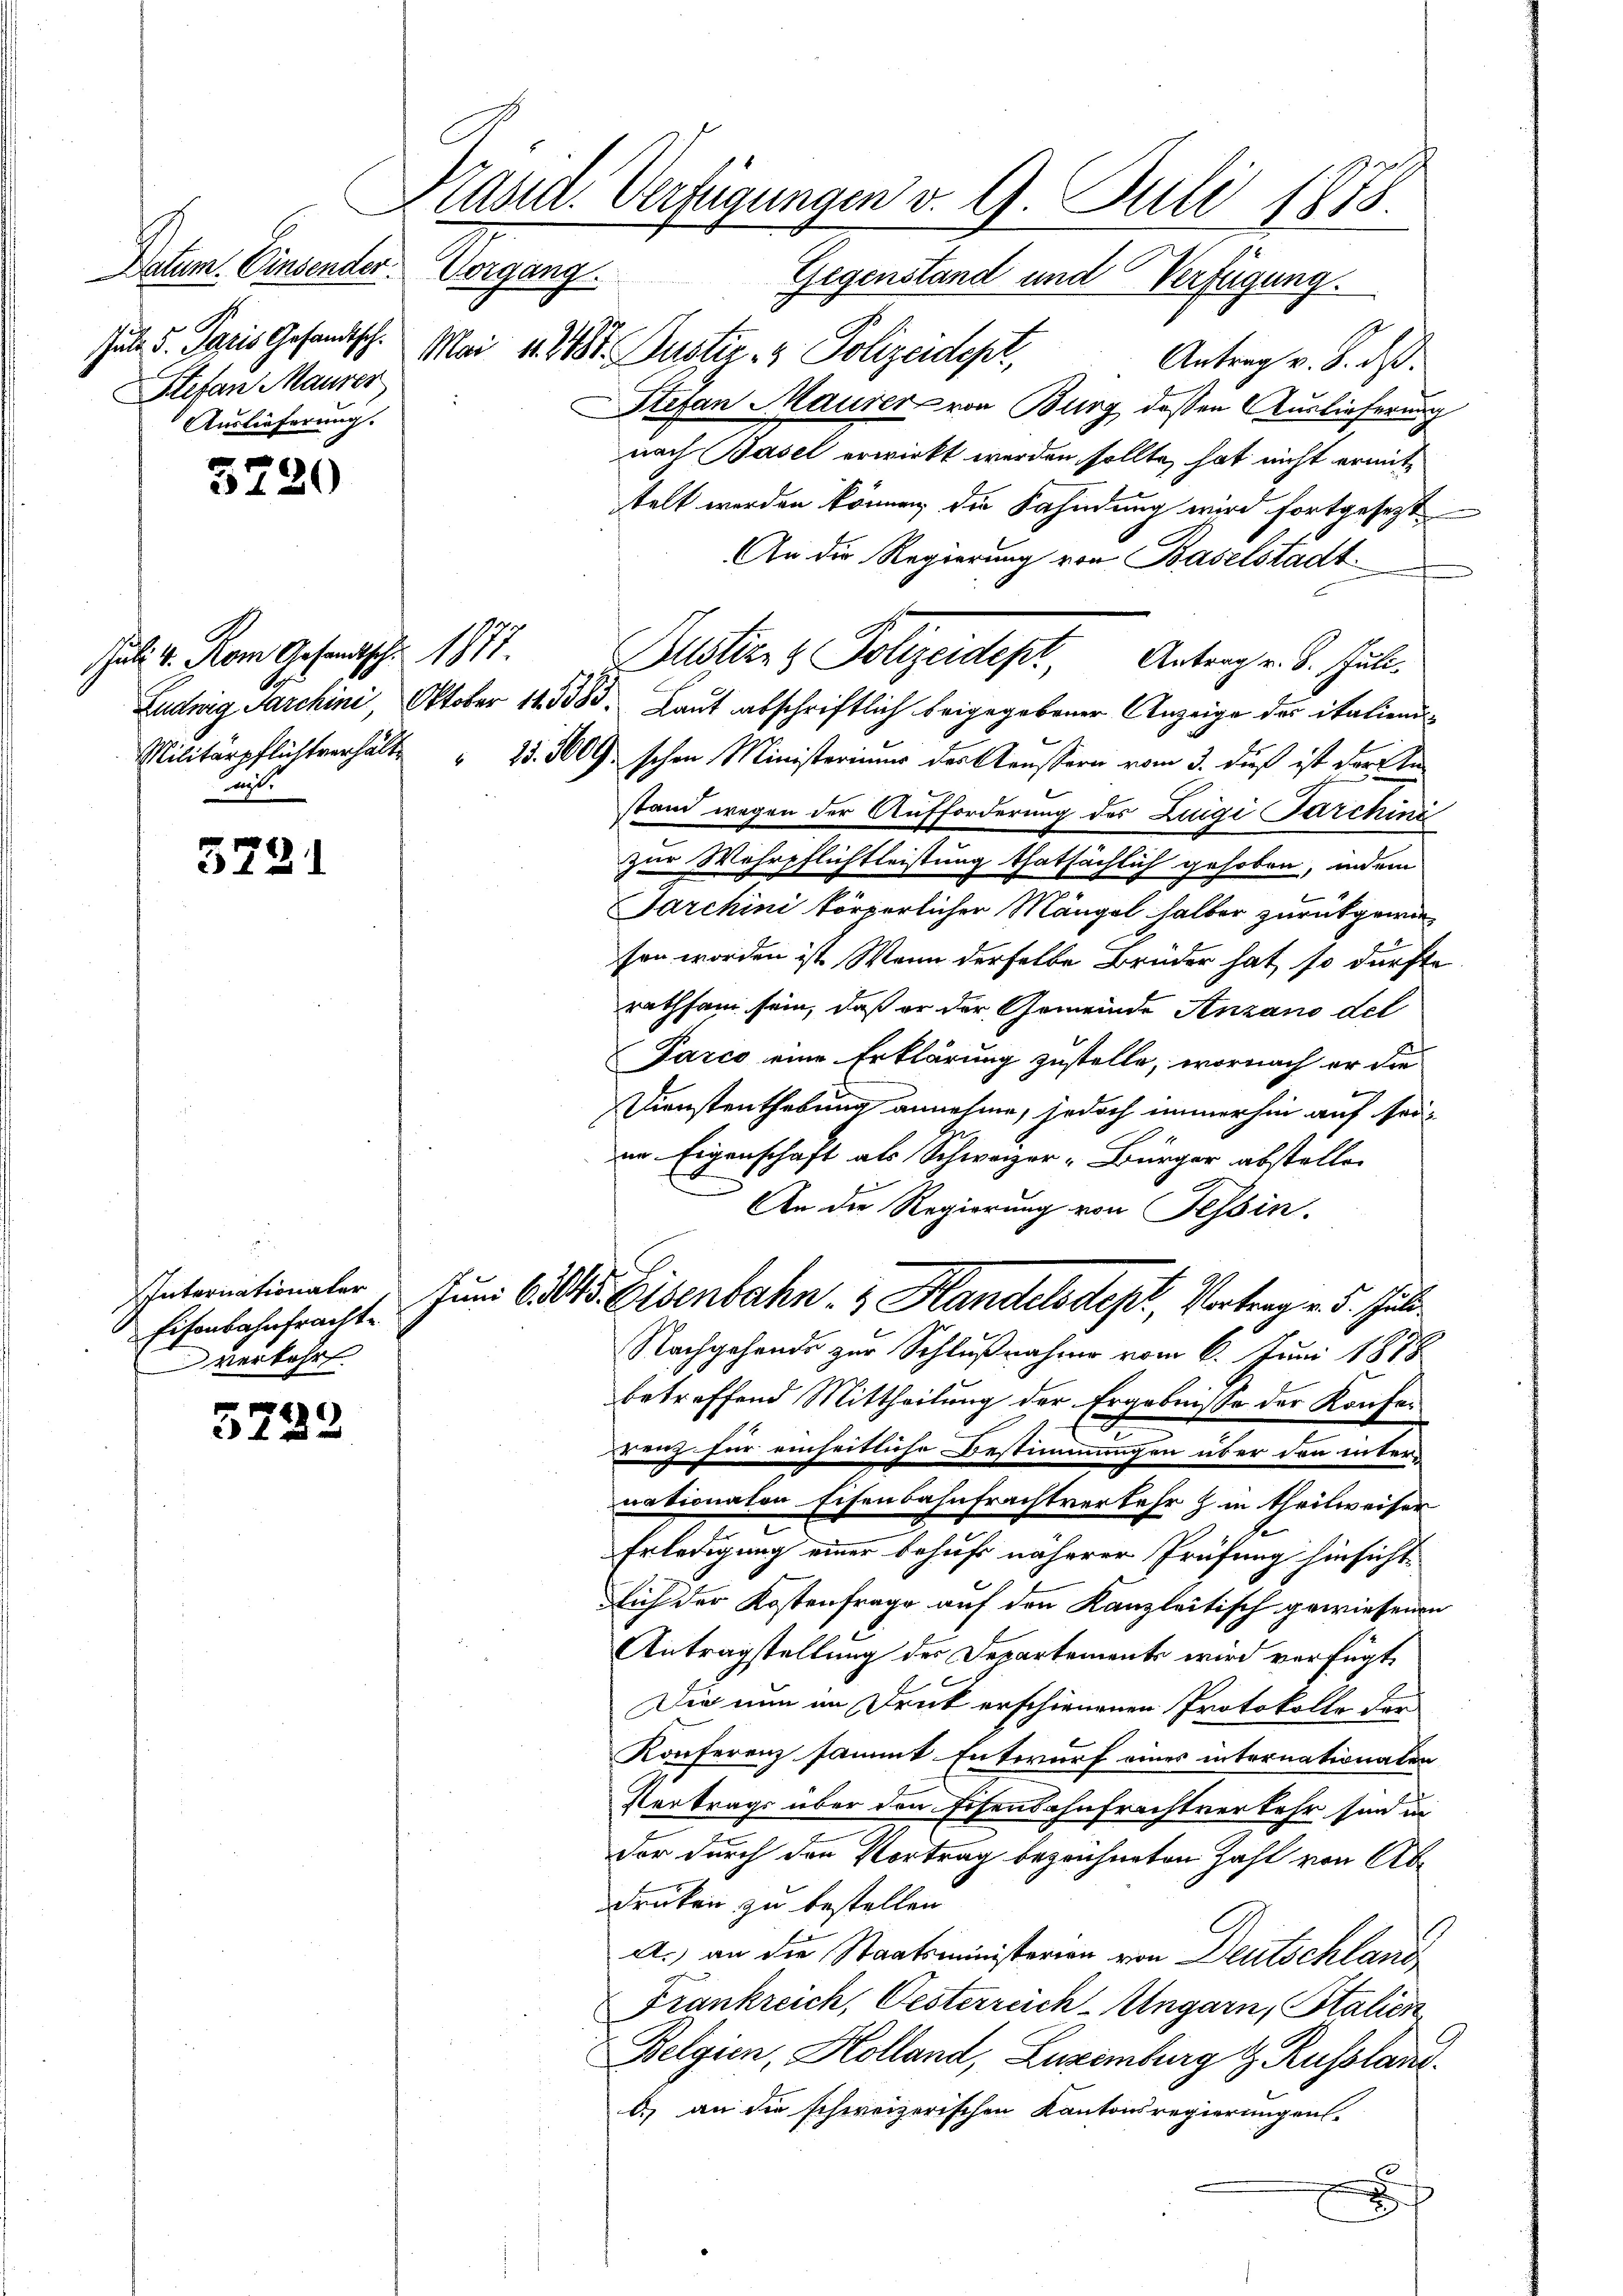
Deten. Einsender Vorgang
Juli d. Paris Gesandtsch.
Stefan Maurer
Auslieferung.

5220

Juli v. Rom Gesandtschr. 1877.
t

5721

Internationaler
verkehrt.

e
5122

Kast. Verfügungen v. 9. Juli 1878.
Gegenstand und Verfügung.

Mai 1818. Justiz- & Polizeidept,
Antrag v. 8. ds.
Stefan Maurer von Burg dessen Auslieferung
nach Basel erwirkt werden sollte, hat nicht ermittelt werden können, die Fahndung wird fortgesezt
An die Regierung von Baselstadt
Ludwig Farchini, Oktober 145383. Laut abschriftlich beigegebener Anzeige der italiend¬
Militärpflichtverhält 25. 3000 schon Ministerium des Aeussern vom 3. daß ist der Anstand wegen der Aufforderung des Luigi Farchini
zur Wehrpflichtleistung thatsächlich gehoben, indem
Jarchini körperlicher Mängel halber zurückgewieson worden ist. Wenn derselbe Brüder hat, so dürfte
rathsam sein, daß er der Gemeinde Anzano del
Parco eine Erklärung zustelle, wornach er die
Dienstenthebung annehme, jedoch immerhin auf seian Eigenschaft als Schweizer-Bürger abstellen
An die Regierung von Tessin.
Eisenbahnfracht. Juni bitts. Eisenbahn. v. Handelsdept, Vortrag v. 5. Juli
Nachgehende zur Schlußnahme vom 6. Juni 1888
betreffend Mittheilung der Ergebnisse der Konferrenz für einheitliche Bestimmungen über denn inter-
nationalen Eisenbahnfrachtverkehr z. in theilweiser
s
Erledigung einer behufs näherer Prüfung hinsicht
sich der Kostenfrage auf den Kanzleitisch gewiesenen
Antragstellung der Departements wird verfügt
Die nun im Druck erschienenen Protokolle der
Konferenz sammt Entwurf eines internationalen
Vertrags über den Eisenbahnfrachtverkehr sind in
der durch den Vortrag bezeichneten Zahl von Abe
drüken zu bestellen.
A.) an die Staatsministerien von Deutschland
Frankreich, Oesterreich-Ungarn, Stalien
Belgien, Holland, Luzimburg & Russland.
d) an die schweizerischen Kantonsregierungen.
s

Pustern & Polizeidept, Antrag u. S. Hult